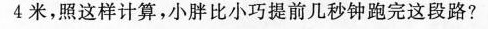
4米，照这样计算，小胖比小巧提前几秒钟跑完这段路?